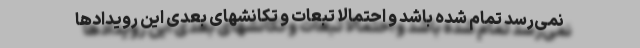
نمی‌رسد تمام شده باشد و احتمالا تبعات و تکانشهای بعدی این رویدادها